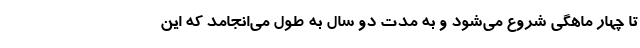
تا چهار ماهگی شروع می‌شود و به مدت دو سال به طول می‌انجامد که این